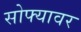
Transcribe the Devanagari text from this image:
सोफ्यावर